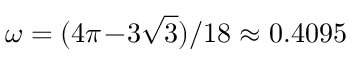
\omega = ( 4 \pi \! - \! 3 \sqrt 3 ) / 1 8 \approx 0 . 4 0 9 5